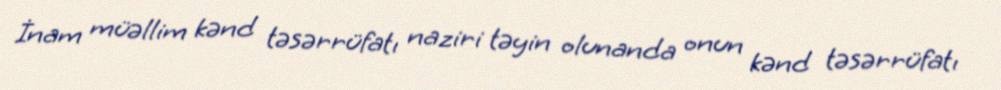
İnam müəllim kənd təsərrüfatı naziri təyin olunanda onun kənd təsərrüfatı